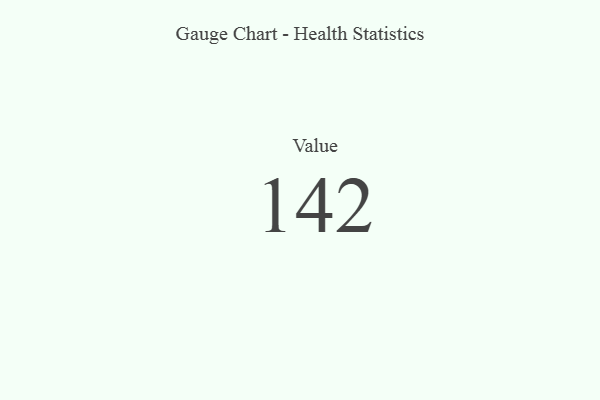
{"axis": {"x": "Metric", "y": "Value"}, "legend": [""], "data": [{"x": "Value", "y": 142, "type": ""}]}